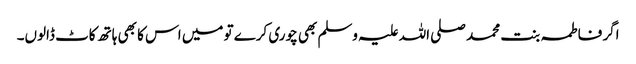
اگر فاطمہ بنت محمد صلی اللہ علیہ وسلم بھی چوری کرے تو میں اس کا بھی ہاتھ کاٹ ڈالوں۔